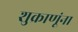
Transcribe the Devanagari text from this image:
शुक्राणूंना